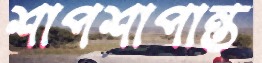
শাপশাপান্ত